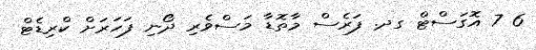
6 7 އޮގަސްޓް ގދ. ފަރެސް މާތޮޑާ މަސްވެރި ދޯނި ފަހަރަށް ކްރިޑެޓް